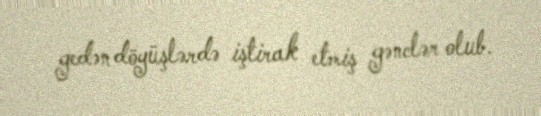
gedən döyüşlərdə iştirak etmiş gənclər olub.